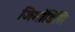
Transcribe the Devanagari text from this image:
जिमॉडिसि